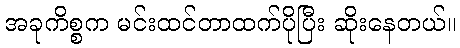
အခုကိစ္စက မင်းထင်တာထက်ပိုပြီး ဆိုးနေတယ်။